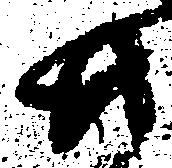
共